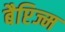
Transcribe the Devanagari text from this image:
बैप्टिज्म